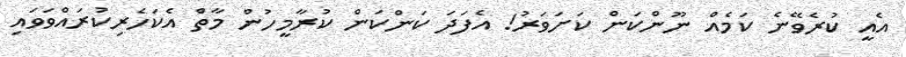
އެއީ ކުރެވޭނެ ކަމެއް ނޫންކަން ކަށަވަރު! އެފަދަ ކަންކަން ކުރާމީހުން މާތް އެކަހެރިކުރައްވަވައި